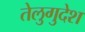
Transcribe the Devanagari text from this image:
तेलुगुदेश